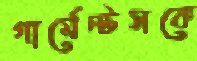
গার্মেন্টসকে